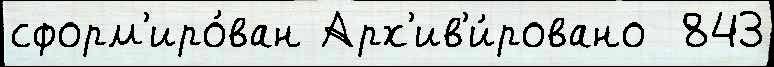
сформ'иро́ван Арх'ив'и́ровано  843